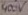
Text: 400V